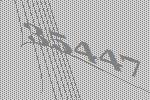
35447